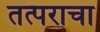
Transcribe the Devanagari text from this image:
तत्पराचा